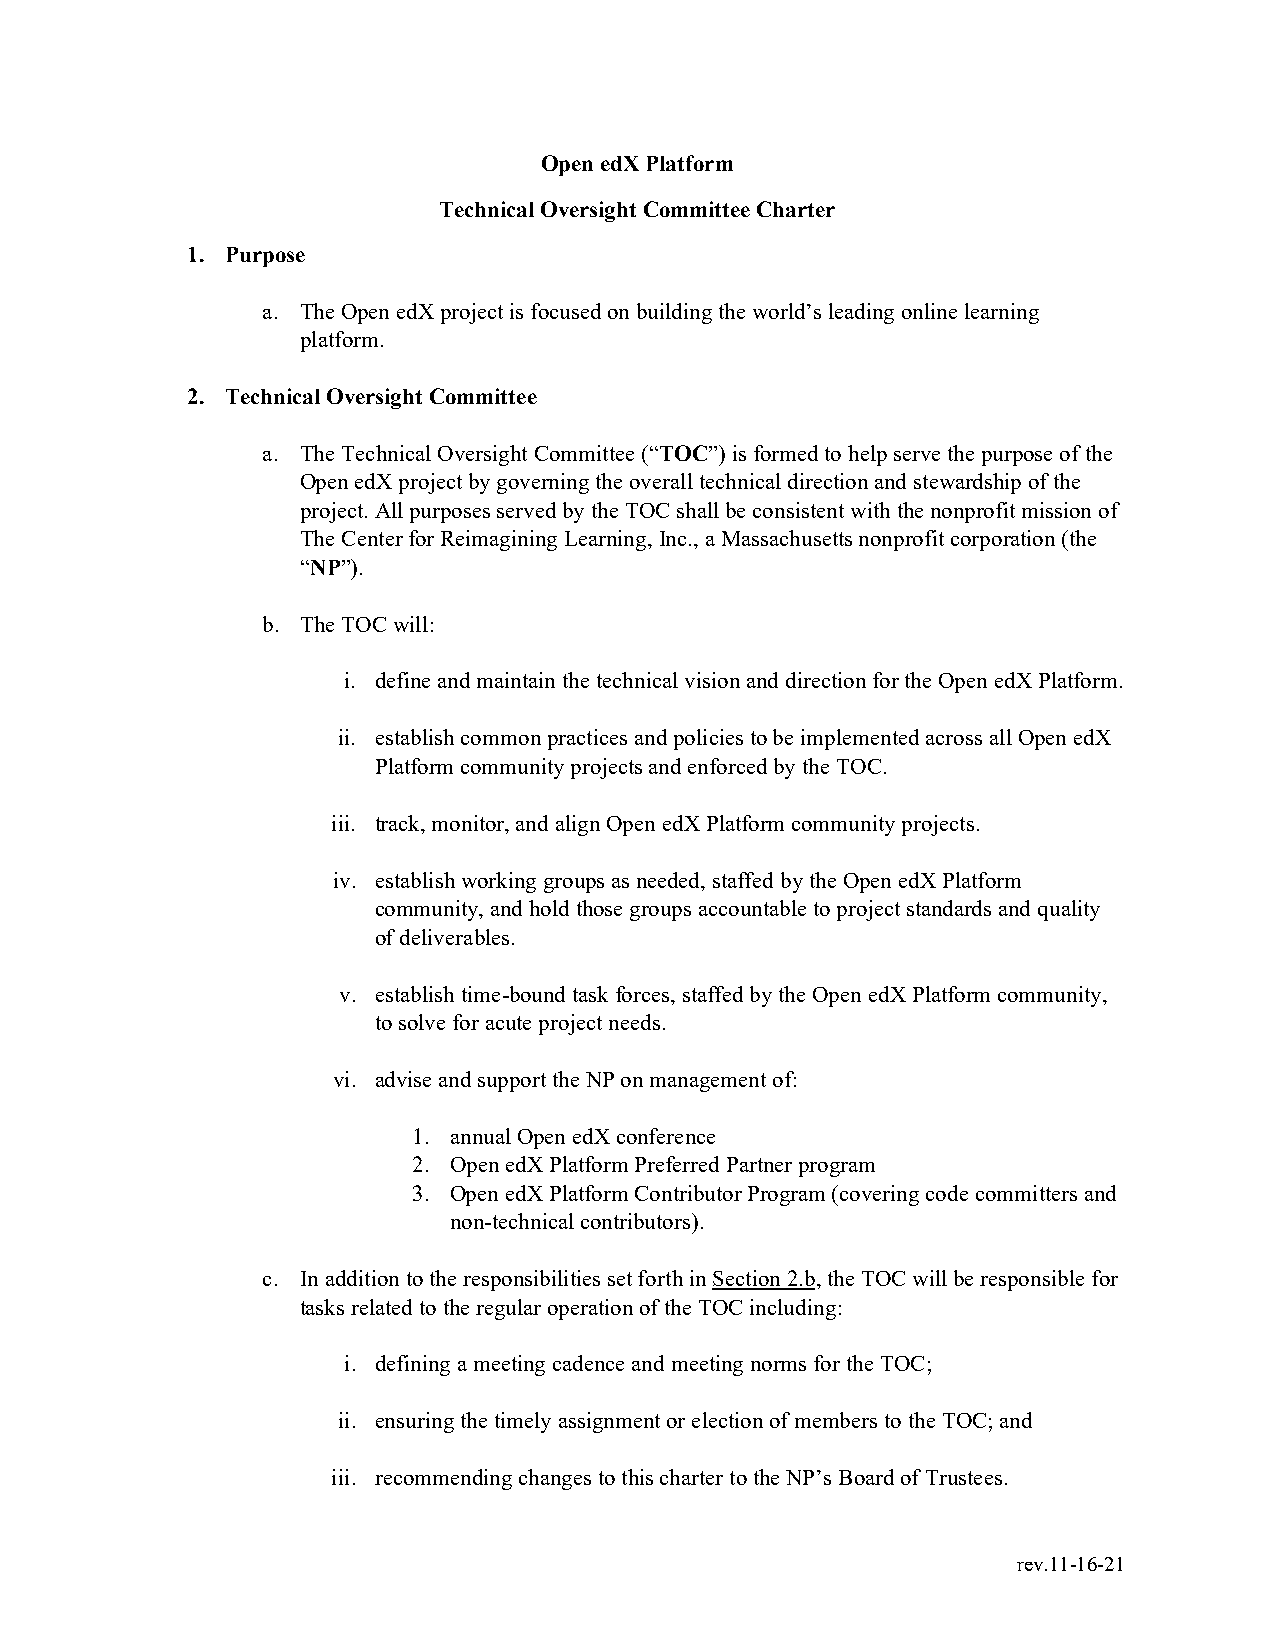
Open edX Platform
 Technical Oversight Committee Charter
 1. Purpose
 a. The Open edX project is focused on building the world’s leading online learning
 platform.
 2. Technical Oversight Committee
 a. The Technical Oversight Committee (“TOC”) is formed to help serve the purpose of the
 Open edX project by governing the overall technical direction and stewardship of the
 project. All purposes served by the TOC shall be consistent with the nonprofit mission of
 The Center for Reimagining Learning, Inc., a Massachusetts nonprofit corporation (the
 “NP”).
 b. The TOC will:
 i. define and maintain the technical vision and direction for the Open edX Platform.
 ii. establish common practices and policies to be implemented across all Open edX
 Platform community projects and enforced by the TOC.
 iii. track, monitor, and align Open edX Platform community projects.
 iv. establish working groups as needed, staffed by the Open edX Platform
 community, and hold those groups accountable to project standards and quality
 of deliverables.
 v. establish time-bound task forces, staffed by the Open edX Platform community,
 to solve for acute project needs.
 vi. advise and support the NP on management of:
 1. annual Open edX conference
 2. Open edX Platform Preferred Partner program
 3. Open edX Platform Contributor Program (covering code committers and
 non-technical contributors).
 c. In addition to the responsibilities set forth in Section 2.b, the TOC will be responsible for
 tasks related to the regular operation of the TOC including:
 i. defining a meeting cadence and meeting norms for the TOC;
 ii. ensuring the timely assignment or election of members to the TOC; and
 iii. recommending changes to this charter to the NP’s Board of Trustees.
 rev.11-16-21